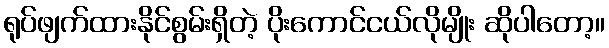
ရုပ်ဖျက်ထားနိုင်စွမ်းရှိတဲ့ ပိုးကောင်ငယ်လိုမျိုး ဆိုပါတော့။